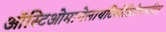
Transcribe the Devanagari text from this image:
ऑस्टिओमायेलायटिस्पेरिटोनायटिस्